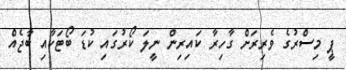
ޕީ މިސްރުގެ ވެރިރަށް ގާހިރާ ކައިރިން ނީލަ ކޯރުގައި ކުޑަ ބޯޓަކާއި ބާޖެއް